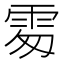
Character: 𩂜